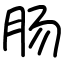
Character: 肠